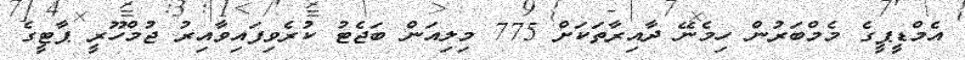
އެމްޑީޕީގެ މެމްބަރުން ހިމެނޭ ދާއިރާތަކަށް 775 މިލިއަން ބަޖެޓު ކުރެވިފައިވާއިރު ޖުމްހޫރީ ޕާޓީގެ